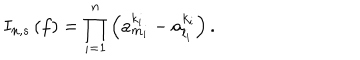
I _ { n , s } \left( f \right) = \prod _ { i = 1 } ^ { n } \left( a _ { m _ { i } } ^ { k _ { i } } - a _ { l _ { i } } ^ { k _ { i } } \right) .